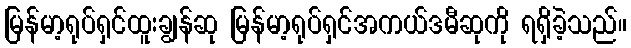
မြန်မာ့ရုပ်ရှင်ထူးချွန်ဆု မြန်မာ့ရုပ်ရှင်အကယ်ဒမီဆုကို ရရှိခဲ့သည်။